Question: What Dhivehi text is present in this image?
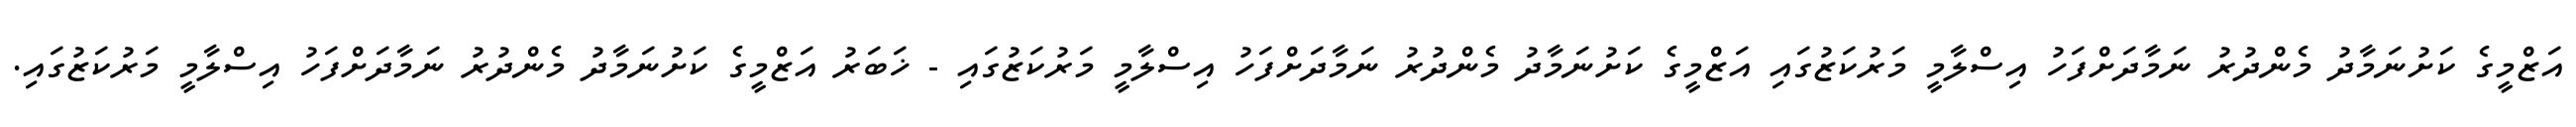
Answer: އަޒްމީގެ ކަށުނަމާދު މެންދުރު ނަމާދަށްފަހު އިސްލާމީ މަރުކަޒުގައި އަޒްމީގެ ކަށުނަމާދު މެންދުރު ނަމާދަށްފަހު އިސްލާމީ މަރުކަޒުގައި - ޚަބަރު އަޒްމީގެ ކަށުނަމާދު މެންދުރު ނަމާދަށްފަހު އިސްލާމީ މަރުކަޒުގައި.